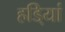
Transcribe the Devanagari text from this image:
हडि्यां